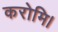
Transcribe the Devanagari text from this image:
करोमि।